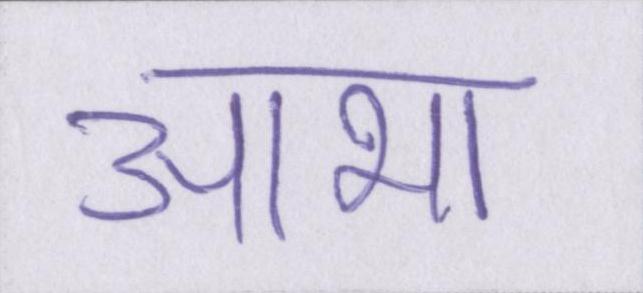
आभा